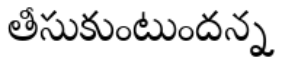
తీసుకుంటుందన్న